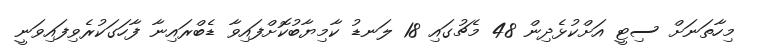
މިހާތަނަށް ސިޓީ އަށްކުޅެދިން 48 މެޗުގައި 18 ލަނޑު ކާމިޔާބުކޮށްފައިވާ ޑެބްރައިނާ ފާހަގަކުރެވިފައިވަނީ